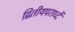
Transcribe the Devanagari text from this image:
द्वितीयपरार्ध्दे